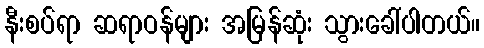
နီးစပ်ရာ ဆရာဝန်များ အမြန်ဆုံး သွားခေါ်ပါတယ်။